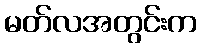
မတ်လအတွင်းက